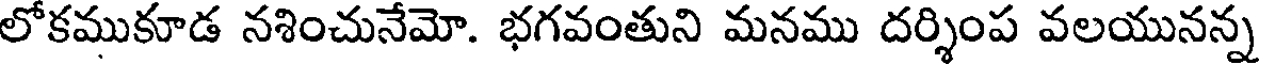
లోకముకూడ నశించునేమో. భగవంతుని మనము దర్శింప వలయునన్న